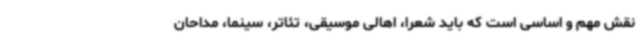
نقش مهم و اساسی است که باید شعرا، اهالی موسیقی، تئاتر، سینما، مداحان